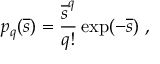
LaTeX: p _ { q } ( { \overline { { s } } } ) = { \frac { { \overline { { s } } } ^ { q } } { q ! } } \exp ( - { \overline { { s } } } ) \ ,